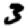
Digit: 3